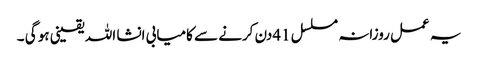
یہ عمل روزانہ مسلسل 41دن کرنے سے کامیابی انشا اللہ یقینی ہو گی ۔